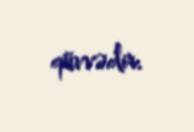
qüvvədir.